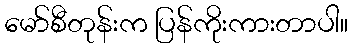
မော်စီတုန်းက ပြန်ကိုးကားတာပါ။